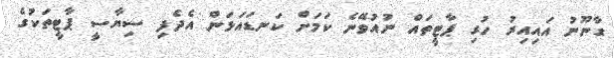
ގާނޫނު އައިއިރު ހުރި ޕާޓީތައް ނުއުވޭނެ ކަމަށް ކަނޑައަޅަން އެދެފި ސިޔާސީ ޕާޓީތަކުގެ